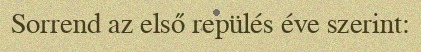
Sorrend az első repülés éve szerint: